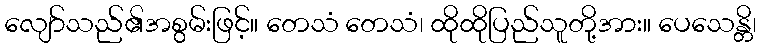
လျော်သည်၏အစွမ်းဖြင့်။ တေသံ တေသံ၊ ထိုထိုပြည်သူတို့အား။ ပေသေန္တိ၊